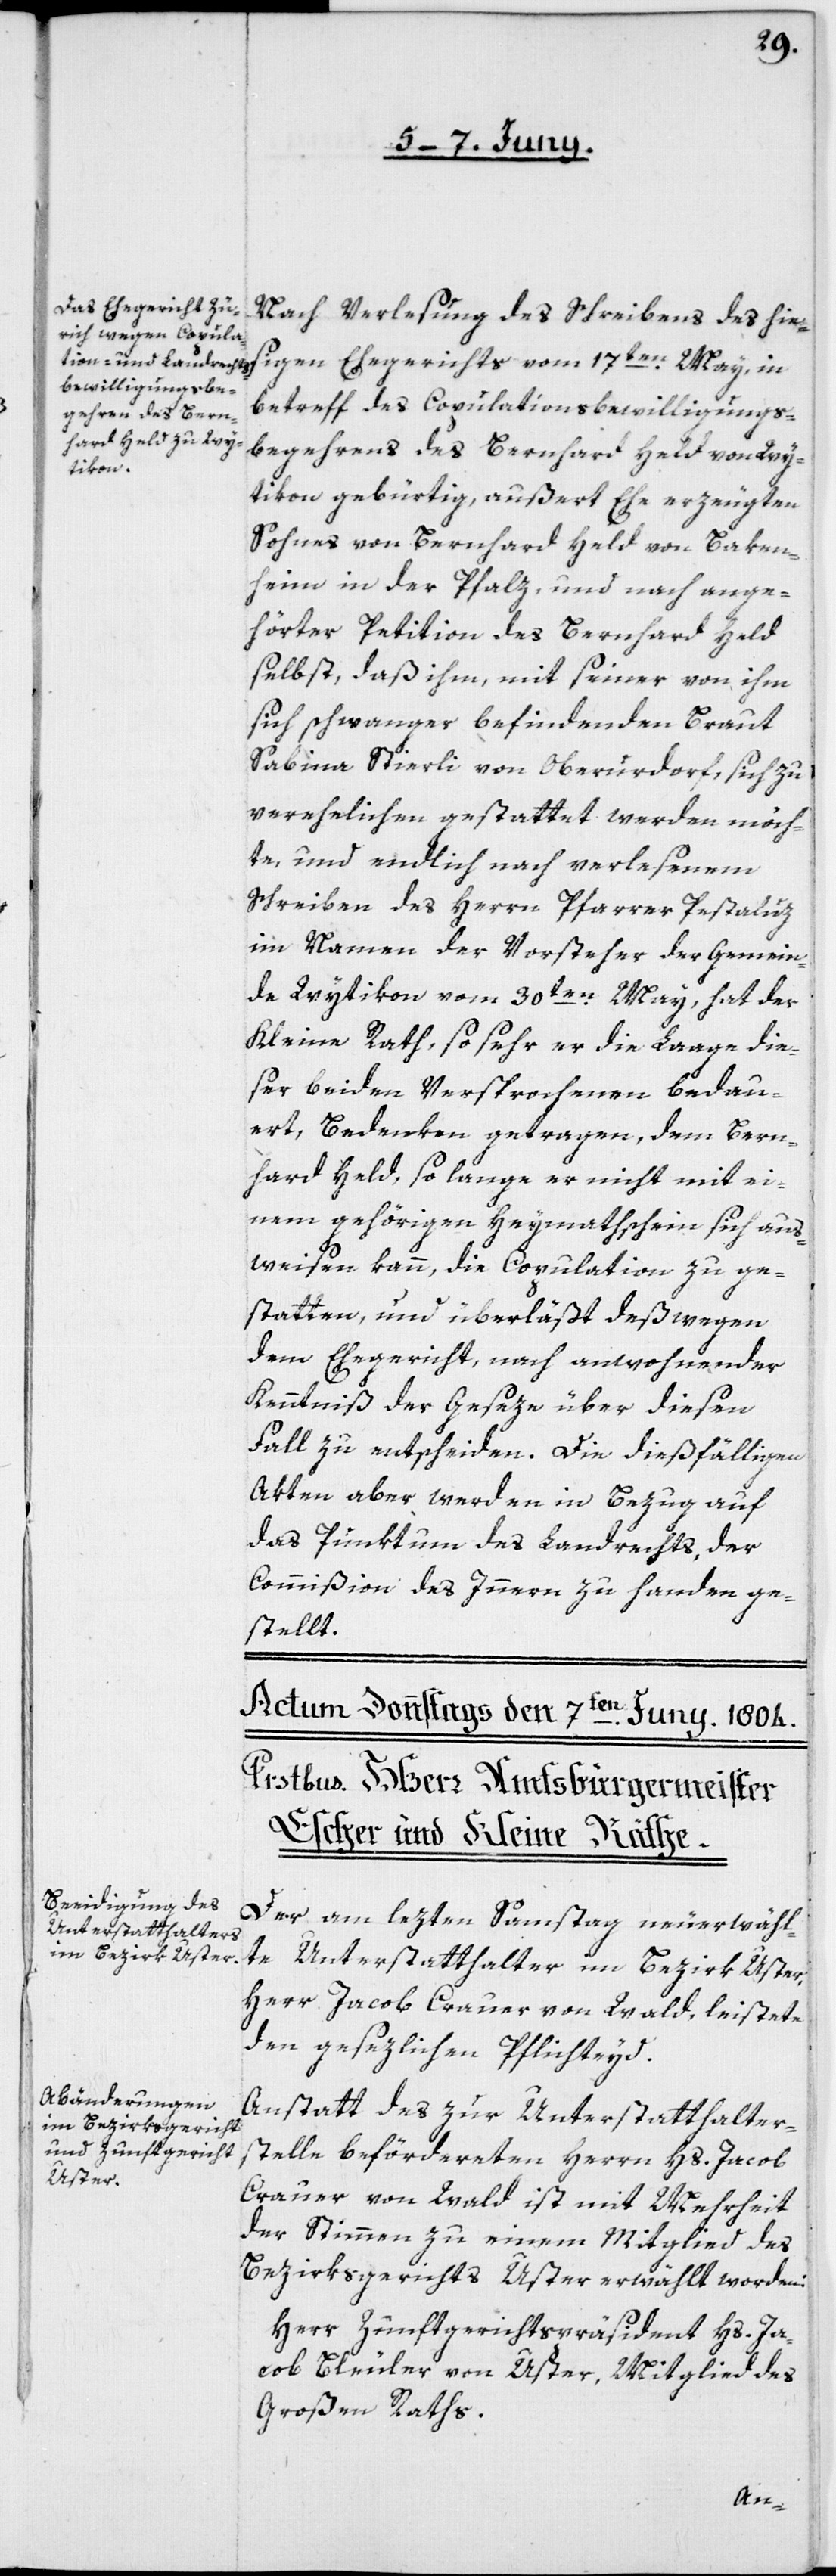
Nach Verlesung des Schreibens des hie¬
sigen Ehegerichts vom 17ten May, in
Betreff des Copulationsbewilligungs¬
begehrens des Bernhard Held von Wy¬
tikon gebürtig, außert Ehe erzeugten
Sohnes von Bernhard Held von Baken¬
heim in der Pfalz, und nach ange¬
hörter Petiton des Bernhard Held
selbst, daß ihm, mit seiner von ihm
sich schwanger befindenden Braut
Sabina Stierli von Oberurdorf, sich zu
verehelichen gestattet werden möch¬
te, und endlich nach verlesenem
Schreiben des Herrn Pfarrer Pestaluz
im Namen der Vorsteher der Gemein¬
de Wytikon vom 30ten May, hat der
Kleine Rath, so sehr er die Laage die¬
ser beyden Versprochenen bedau¬
ert, Bedenken getragen, dem Bern¬
hard Held, solange er nicht mit ei¬
nem gehörigen Heymathschein sich aus¬
weisen kann, die Copulation zu ge¬
statten, und überläßt deßwegen
dem Ehegericht, nach anwohnender
Kenntniß der Geseze über diesen
Fall zu entscheiden. Die dießfälligen
Akten aber werden in Bezug auf
das Punktum des Landrechts, der
Commißion des Innern zu Handen ge¬
stellt.
Der am lezten Samstag neuerwähl¬
te Unterstatthalter im Bezirk Uster,
Herr Jacob Crauer von Wald, leistete
den gesezlichen Pflichteyd.
Anstatt des zur Unterstatthalter¬
stelle beförderten Herrn Hs. Jacob
Crauer von Wald ist mit Mehrheit
der Stimmen zu einem Mitglied des
Bezirksgerichts Uster erwählt worden:
Herr Zunftgerichtspräsident Hs. Ja¬
cob Bleuler von Uster, Mitglied des
Großen Raths.